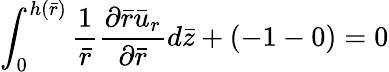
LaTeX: \int_{0}^{h(\bar{r})}\frac{1}{\bar{r}}\frac{{\partial}\bar{r}{\bar{u}}_{r}}{\partial{\bar{r}}}d\bar{z}+(-1-0)=0